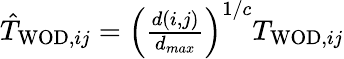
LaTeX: \begin{array}{r}{\hat{T}_{\mathrm{WOD},ij}=\left(\frac{d(i,j)}{d_{max}}\right)^{1/c}T_{\mathrm{WOD},ij}}\end{array}